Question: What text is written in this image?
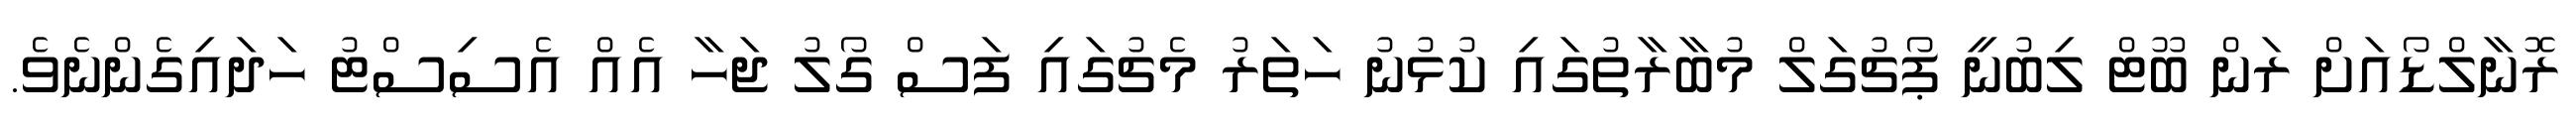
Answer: ރޮނާލްޑޯއަށް ރަން ބޫޓް ލިބުނީ ޕޯޗުގަލް މުބާރާތުގައި ކުޅުނު ހަތަރު މެޗުގައި ފަސް ގޯލު ޖަހާ އެއް އެސިސްޓު ހަދައިގެންނެވެ.